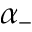
\alpha _ { - }